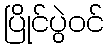
ပြိုင်ပွဲဝင်